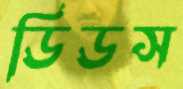
ডিডস